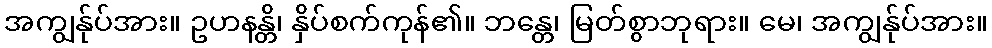
အကျွန်ုပ်အား။ ဥဟနန္တိ၊ နှိပ်စက်ကုန်၏။ ဘန္တေ၊ မြတ်စွာဘုရား။ မေ၊ အကျွန်ုပ်အား။